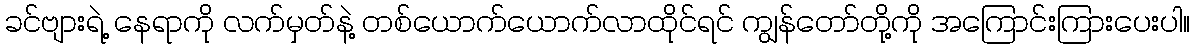
ခင်ဗျားရဲ့ နေရာကို လက်မှတ်နဲ့ တစ်ယောက်ယောက်လာထိုင်ရင် ကျွန်တော်တို့ကို အကြောင်းကြားပေးပါ။